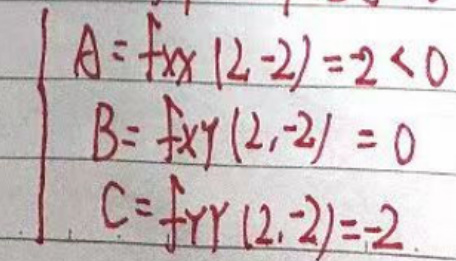
\begin{align*}
A &= f_{xx}(2,-2) = -2 < 0\\
B &= f_{xy}(2,-2) = 0\\
C &= f_{yy}(2,-2) = -2
\end{align*}